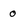
Character: 0